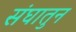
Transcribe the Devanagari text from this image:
संघातुन